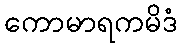
ကောမာရကမိဒံ